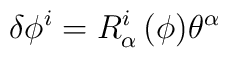
\delta \phi^i = R^i_\alpha\,(\phi )\theta^\alpha